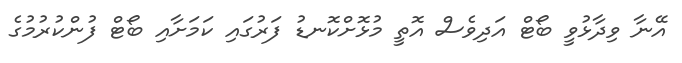
އޭނާ ވިދާޅުވީ ބޯޓް އަދިވެސް އޮތީ މުޅޮށްކޮނޑު ފަރުގައި ކަމަށާއި ބޯޓް ފުންކުރުމުގެ